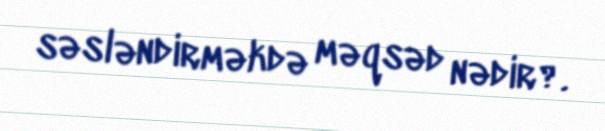
səsləndirməkdə məqsəd nədir?.